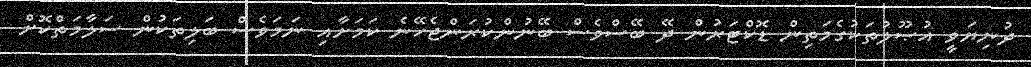
ދުނިޔަވީ އުޞޫލުތަކުގެމަތިން ޑޮކްޓަރުން ދޭ ބޭސްވެސް ބޭނުންކުރަންޖެހޭނެ ކަމަށާއި ނަމަވެސް ބަލިތަކުން ސަލާމަތްކޮށް